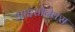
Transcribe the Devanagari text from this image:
आइसोनेक्स